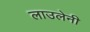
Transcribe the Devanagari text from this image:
लाउलेनी